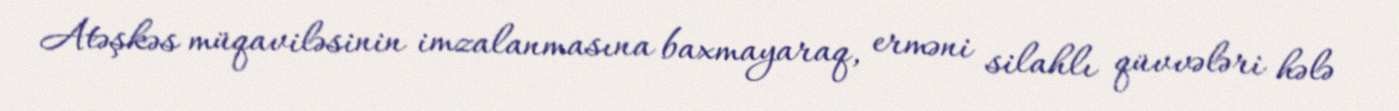
Atəşkəs müqaviləsinin imzalanmasına baxmayaraq, erməni silahlı qüvvələri hələ